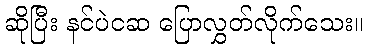
ဆိုပြီး နင်ပဲငဆ ပြောလွှတ်လိုက်သေး။